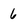
Character: 6